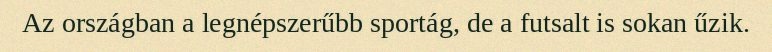
Az országban a legnépszerűbb sportág, de a futsalt is sokan űzik.